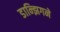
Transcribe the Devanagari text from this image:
डान्झिगने